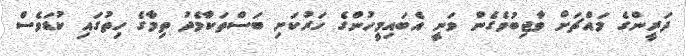
ދަރީންގެ މައްޗަށް ވާޖިބުވެގެން ވަނީ އެބައިމީހުންގެ ހަރުކަށި ބަސްތަކާމެދު ތިމާގެ ހިތުގައި ކުޑަވެސް